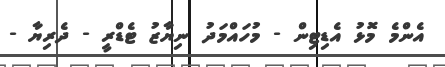
އެންމެ މޮޅު އެޑިޓިން - މުހައްމަދު ނިޔާޒު ޓެޑްރީ - ދެރިޔާ -